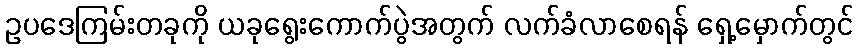
ဥပဒေကြမ်းတခုကို ယခုရွေးကောက်ပွဲအတွက် လက်ခံလာစေရန် ရှေ့မှောက်တွင်